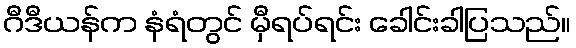
ဂီဒီယန်က နံရံတွင် မှီရပ်ရင်း ခေါင်းခါပြသည်။